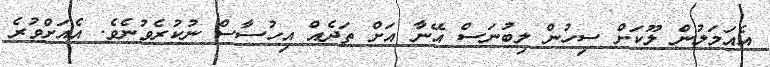
އެއަމަލުން ލޫކަށް ސިހުން ލިބުނަސް އޭނާ އަށް ތަދެއް އިހުސާސް ނުކުރެވުނެވެ. އެއަށްވުރެ